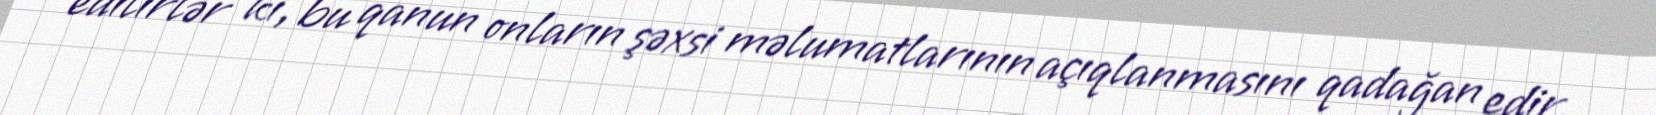
edilirlər ki, bu qanun onların şəxsi məlumatlarının açıqlanmasını qadağan edir.